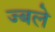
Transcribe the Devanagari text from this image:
ज्बले